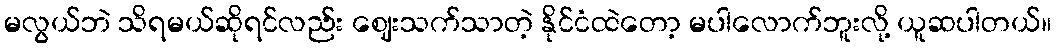
မလွယ်ဘဲ သိရမယ်ဆိုရင်လည်း ဈေးသက်သာတဲ့ နိုင်ငံထဲတော့ မပါလောက်ဘူးလို့ ယူဆပါတယ်။